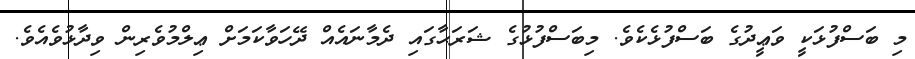
މި ބަސްފުޅަކީ ވަޢީދުގެ ބަސްފުޅެކެވެ. މިބަސްފުޅުގެ ޝަރަޙާގައި ދެމާނައެއް ދޭހަވާކަމަށް ޢިލްމުވެރިން ވިދާޅުވެއެވެ.